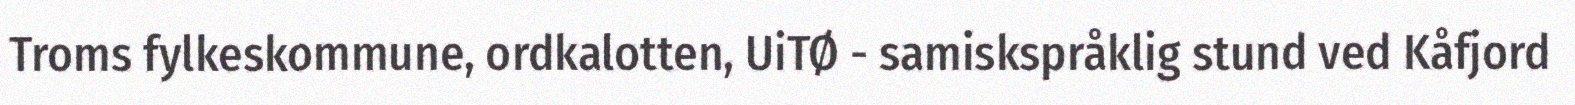
Troms fylkeskommune, ordkalotten, UiTØ - samiskspråklig stund ved Kåfjord